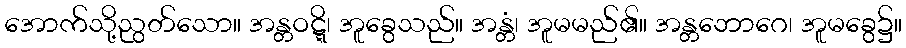
အောက်သို့ညွတ်သော။ အန္တဝဋ္ဋိ၊ အူခွေသည်။ အန္တံ၊ အူမမည်၏။ အန္တဘောဂေ၊ အူမခွေ၌။